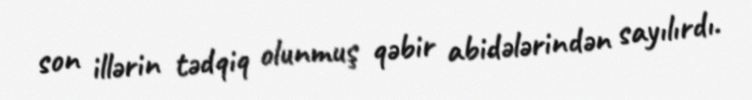
son illərin tədqiq olunmuş qəbir abidələrindən sayılırdı.